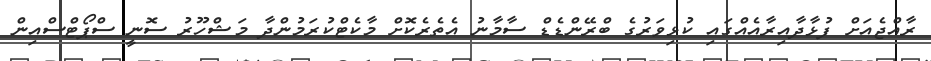
ރާއްޖެއަށް ފުޅާދާއިރާއެއްގައި ކުޅިވަރުގެ ބްރޭންޑެޑް ސާމާނު އެތެރެކޮށް މާކެޓްކުރަމުންދާ މަޝްހޫރު ސޮނީ ސްޕޯޓްސްއިން